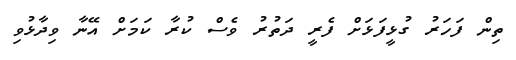
ތިން ފަހަރު ގުޅީފަޅަށް ފެރީ ދަތުރު ވެސް ކުރާ ކަމަށް އޭނާ ވިދާޅުވި